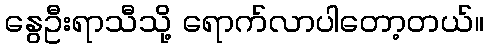
နွေဦးရာသီသို့ ရောက်လာပါတော့တယ်။